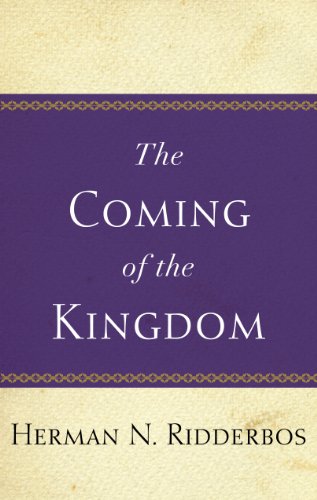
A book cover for Coming of the Kingdom; Herman N. Ridderbos; Christian Books & Bibles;